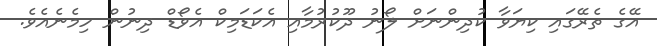
އޭގެ ތެރޭގައި ކިޔަވާ ކުދިންނަށް ލޯނު ދޫކުރުމާއި އެކަޑަމިކް އެވޯޑް ދިނުން ހިމެނެއެވެ.